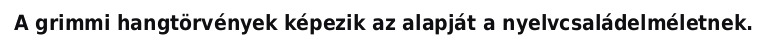
A grimmi hangtörvények képezik az alapját a nyelvcsaládelméletnek.